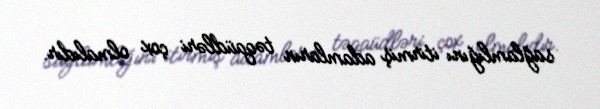
sağlamlığını itirmiş adamların təqaüdləri çox olmalıdır.